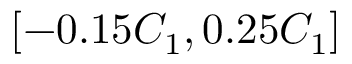
[ - 0 . 1 5 C _ { 1 } , 0 . 2 5 C _ { 1 } ]